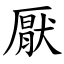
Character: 厭